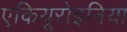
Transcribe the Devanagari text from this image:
एकियूरोइनिया